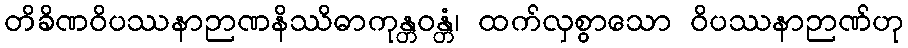
တိခိဏဝိပဿနာဉာဏနိဿိဓာကုန္တဝန္တံ၊ ထက်လှစွာသော ဝိပဿနာဉာဏ်ဟု